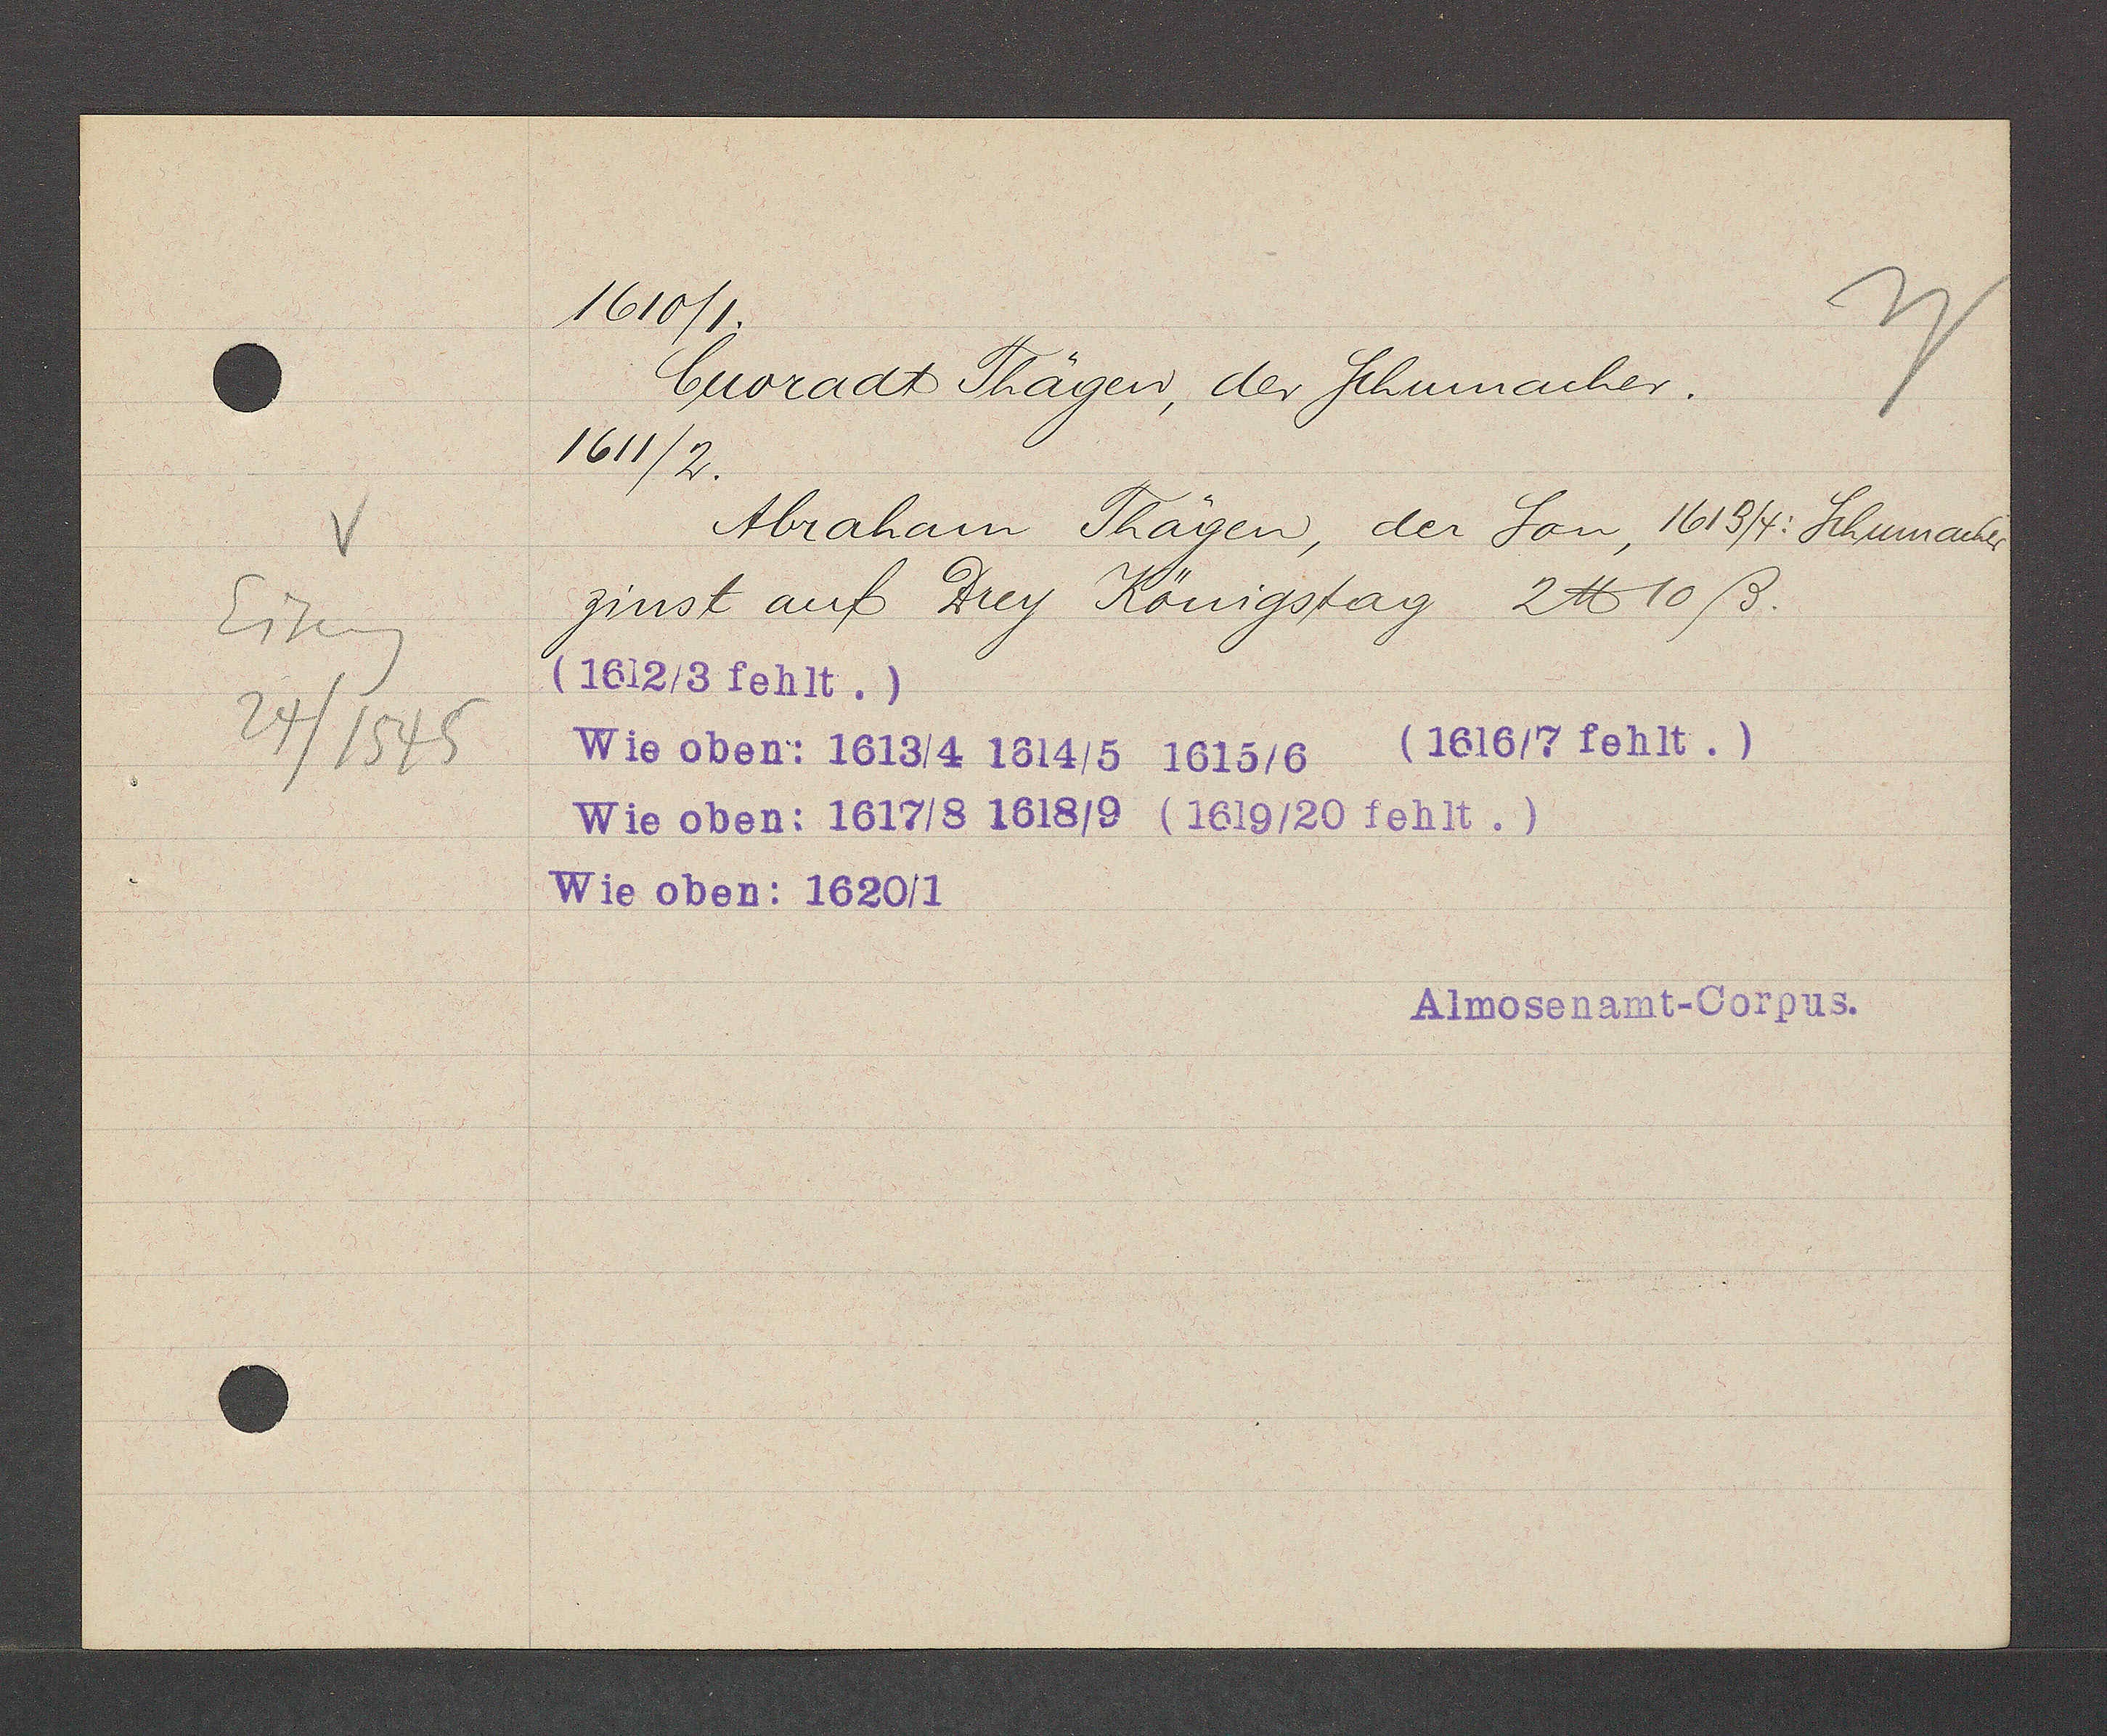
Transcript:
Eiseng

24/1545

1610/1.

1611/2.

Cuoradt Thägen, der Schumacher.

Abraham Thägen, der Son, 1613/4: Schumacher

zinst auf Drey Königstag 2 ℔ 10 ß.